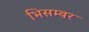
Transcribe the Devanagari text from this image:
भिसम्बर